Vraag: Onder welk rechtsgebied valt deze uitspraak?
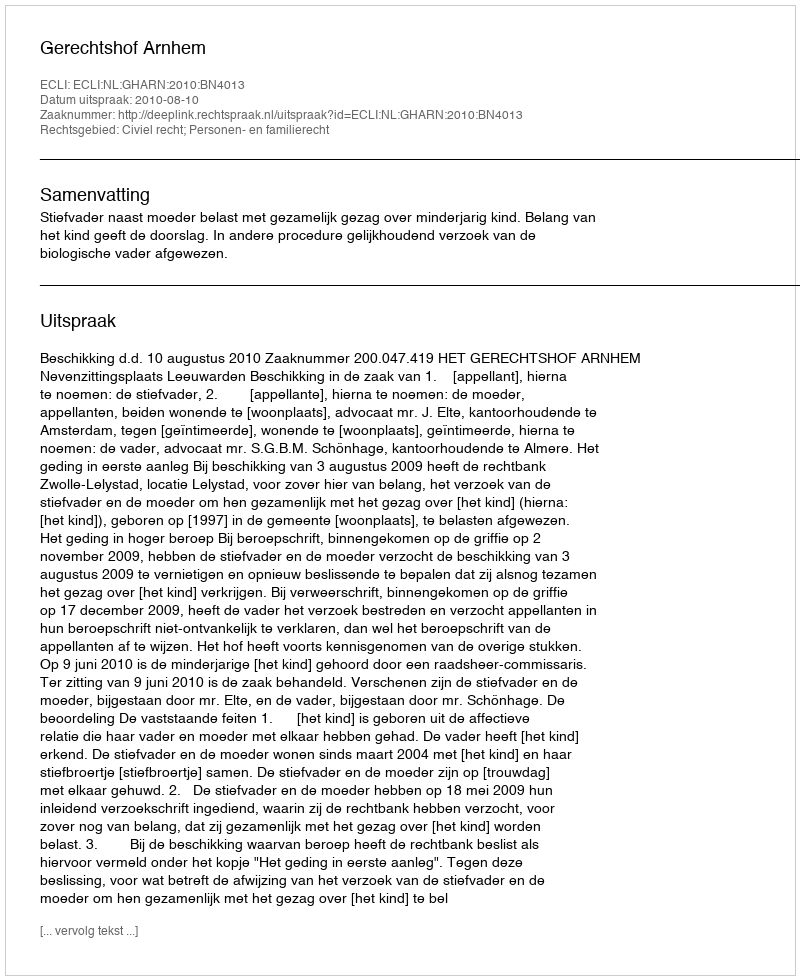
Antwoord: Civiel recht; Personen- en familierecht